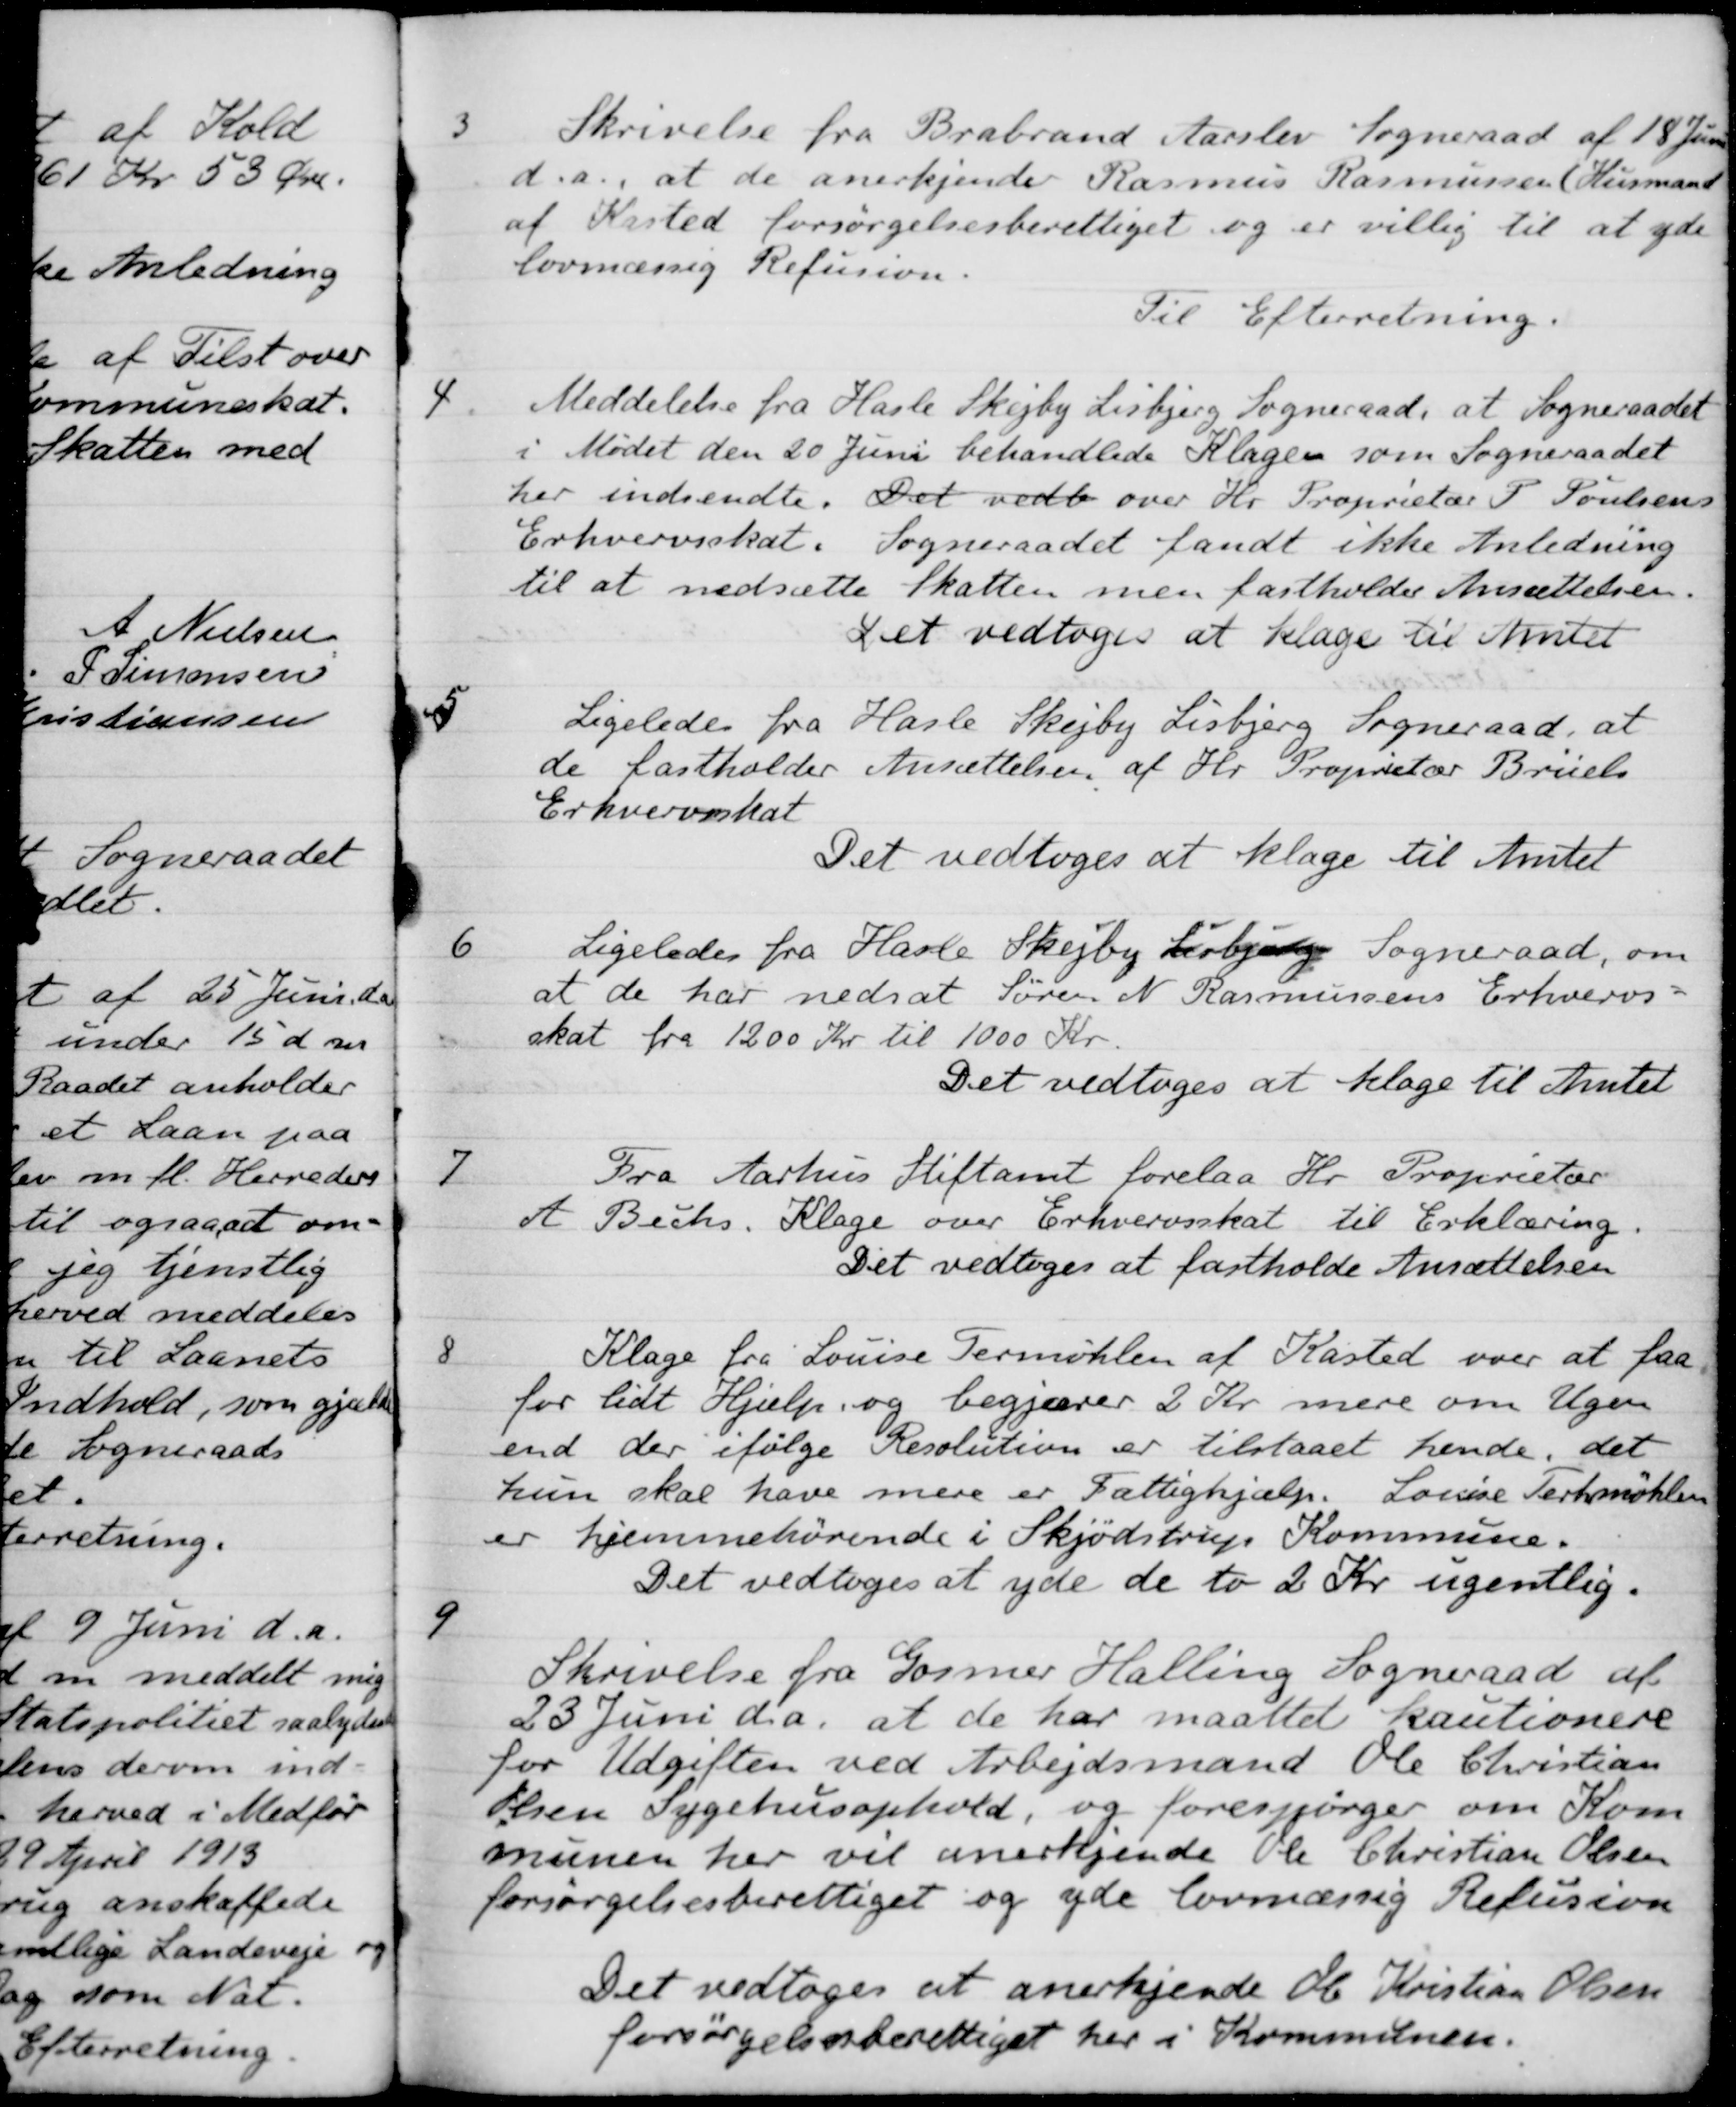
Transskription:
3
Skrivelse fra Brabrand Aarslev Sogneraad af 18 Juni
d.a. at de anerkjender Rasmus Rasmussen (Husmand
af Kasted forsørgelsesberettiget og er villig til at yde
lovmæssig Refusion.
Til Efterretning.
4
Meddelelse fra Hasle Skejby Lisbjerg Sogneraad, at Sogneraadet
i Mødet den 20 Juni behandlede Klagen som Sogneraadet
her indsendte. Det vedt over Hr. Proprietær P. Poulsens
Erhvervsskat.
Sogneraadet fandt ikke Anledning
til at nedsætte Skatten men fastholder Ansættelsen.
Det vedtoges at klage til Amtet
5
Ligeledes fra Hasle Skejby Lisbjerg Sogneraad, at
de fastholder Ansættelsen af Hr. Proprietær Brüels
Erhvervsskat
Det vedtoges at klage til Amtet
6
Ligeledes fra Hasle Skejby Lerbjerg Sogneraad, om
at de har nedsat Søren N. Rasmussens Erhvervs-
skat fra 1200 Kr til 1000 Kr.
Det vedtoges at klage til Amtet
7
Fra Aarhus Stiftamt forelaa Hr. Proprietær
A Bechs. Klage over Erhvervsskat til Erklæring.
Det vedtoges at fastholde Ansættelsen
8
Klage fra Louise Fermøhlen af Kasted over at faa
for lidt Hjælp og begjærer 2 Kr. mere om Ugen
end der ifølge Resolution er tilstaaet hende, det
hun skal have mere er Fattighjælp. Louise Ferhmøhlen
er hjemmehørende i Skjødstrup Kommune.
Det vedtoges at yde de to 2 Kr. ugentlig.
9
Skrivelse fra Gosmer Halling Sogneraad af
23 Juni d.a. at de har maattet kautionere
for Udgiften ved Arbejdsmand Ole Christian
Olsen Sygehusophold, og forespørger om Kom
munen her vil anerkjende Ole Christian Olsen
forsørgelsesberettiget og yde lovmæssig Refusion
Det vedtoges at anerkjende Ole Kristian Olsen
forsørgelsesberettiget her i Kommunen.